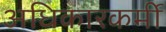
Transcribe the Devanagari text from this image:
अधिकारकर्मी